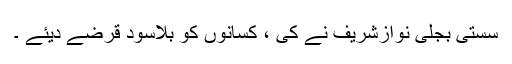
سستی بجلی نوازشریف نے کی ، کسانوں کو بلاسود قرضے دیئے ۔